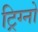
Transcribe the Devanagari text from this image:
ट्रिग्नो